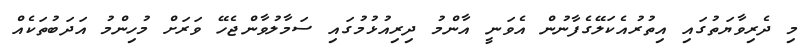
މި ދެރިވާޔަތުގައި އިތުރުއެކަލޭގެފާނުން އެވަނީ އާންމު ދިރިއުޅުމުގައި ސަމާލުވާންޖެހޭ ވަރަށް މުހިންމު އަދަބުތަކެއް